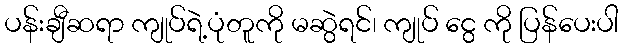
ပန်းချီဆရာ ကျုပ်ရဲ့ပုံတူကို မဆွဲရင်၊ ကျုပ် ငွေ ကို ပြန်ပေးပါ